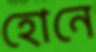
হোনে